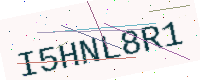
Text: I5HNL8R1